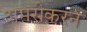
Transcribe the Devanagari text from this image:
अमरीकरन